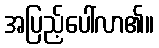
အပြည့်ပေါ်လာ၏။